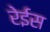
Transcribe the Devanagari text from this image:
रेईस